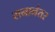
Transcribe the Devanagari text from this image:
सनानंतर